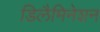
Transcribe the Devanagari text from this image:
डिलैमिनेशन